Lunatic asylums Madras 1877-1891 - 1877-1891
Year: 1877
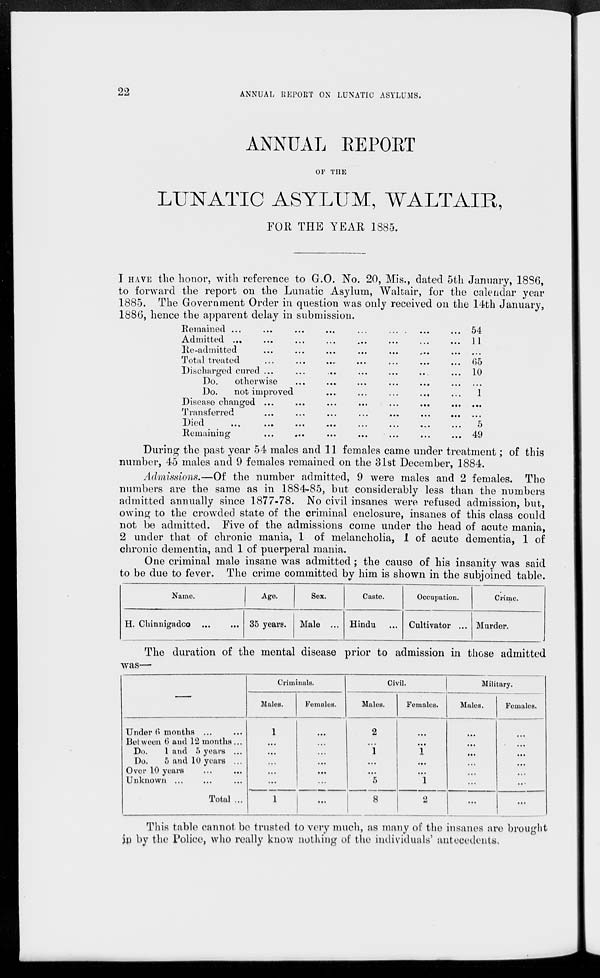
22
ANNUAL REPORT ON LUNATIC ASYLUMS.
ANNUAL REPORT
OF THE
LUNATIC ASYLUM, WALTAIR,
FOR THE YEAR 1885.
I HAVE the honor, with reference to G.O. No. 20, Mis., dated 5th January, 1886,
to forward the report on the Lunatic Asylum, Waltair, for the calendar year
1885. The Government Order in question was only received on the 14th January,
1886, hence the apparent delay in submission.
Remained ... ... ... ... ... ... ... ...
Admitted ... ... ... ... ... ... ... ...
Re-admitted ... ... ... ... ... ... ...
Total treated ... ... ... ... ... ... ...
Discharged cured ...
...
... ... ... ... ...
Do.
otherwise ... ... ... ... ... ... ... ...
Do.
not improved ... ... ... ... ... ... ...
Disease changed ...
...
...
...
...
...
Transferred.
...
...
...
...
...
...
...
Died
...
...
...
...
...
...
...
...
Remaining ... ... ... ... ... ... ...
54
11
...
65
10
...
1
...
...
5
49
During the past year 54 males and 11 females came under treatment; of this
number, 45 males and 9 females remained on the 31st December, 1884.
Admissions.—Of the number admitted, 9 were males and 2 females. The
numbers are the same as in 1884-85, but considerably less than the numbers
admitted annually since 1877-78. No civil insanes were refused admission, but,
owing to the crowded state of the criminal enclosure, insanes of this class could
not be admitted. Five of the admissions come under the head of acute mania,
2 under that of chronic mania, 1 of melancholia, 1 of acute dementia, 1 of
chronic dementia, and 1 of puerperal mania.
One criminal male insane was admitted; the cause of his insanity was said
to be due to fever. The crime committed by him is shown in the subjoined table.
Name.
H. Chinnigadoo ... ...
Age.
35 years.
Sex.
Male ...
Caste.
Hindu ...
Occupation.
Cultivator ...
Crime.
Murder.
The duration of the mental disease prior to admission in those admitted
was—
—
Under 6 months ... ...
Between 6 and 12 months ...
Do.
1 and 5 years ...
Do,
5 and 10 years ...
Over 10 years ... ...
Unknown ...
... ...
Total ...
Criminals.
Males.
1
...
...
...
...
...
1
Females.
...
...
...
...
...
...
...
Civil.
Males.
2
...
1
...
...
5
8
Females.
...
...
1
...
...
1
2
Military.
Males.
...
...
...
...
...
...
...
Females.
...
...
...
...
...
...
...
This table cannot be trusted to very much, as many of the insanes are brought
in by the Police, who really know nothing of the individuals' antecedents.